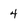
Character: 4